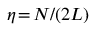
\eta \! = \! N / ( 2 L )